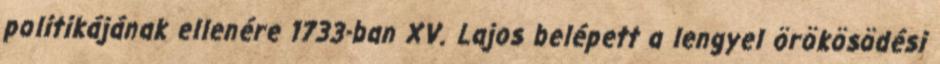
politikájának ellenére 1733-ban XV. Lajos belépett a lengyel örökösödési